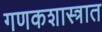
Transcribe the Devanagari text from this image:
गणकशास्त्रात